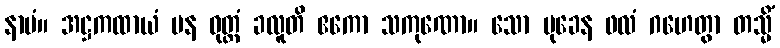
နာမံ။ အဋ္ဌကထာယံ ပန ဝုတ္တံ ခလူတိ ဧကော သကုဏော။ သော မုခေန ဖလံ ဂဟေတွာ တသ္မိံ